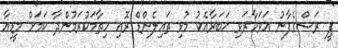
ޕީ ރަސްގެފާނު އަވަހާރަވި ޚަބަރާއެކު މުޅި ތައިލެންޑް ރޮއި ހިތާމަކުރަމުންދާ ކަމަށް މީޑިއާ